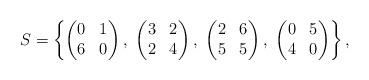
LaTeX: \begin{align*} S = \left\{ \begin{pmatrix} 0 & 1 \\ 6 & 0 \end{pmatrix},\ \begin{pmatrix} 3 & 2 \\ 2 & 4 \end{pmatrix},\ \begin{pmatrix} 2 & 6 \\ 5 & 5 \end{pmatrix},\ \begin{pmatrix} 0 & 5 \\ 4 & 0 \end{pmatrix}\right\},\end{align*}